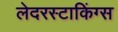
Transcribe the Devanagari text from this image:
लेदरस्टाकिंग्स